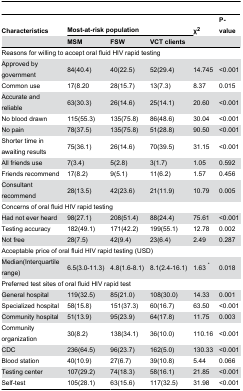
<table><thead><tr><td><b>Characteristics </b></td><td colspan="3"><b>Most-at-risk population</b></td><td><b>χ<sup>2</sup></b></td><td><b>P-value</b></td></tr><tr><td></td><td><b>MSM</b></td><td><b>FSW</b></td><td><b>VCT clients</b></td><td></td><td></td></tr></thead><tbody><tr><td colspan="6">Reasons for willing to accept oral fluid HIV rapid testing</td></tr><tr><td>Approved by government</td><td>84(40.4)</td><td>40(22.5)</td><td>52(29.4)</td><td>14.745</td><td>&lt;0.001</td></tr><tr><td>Common use</td><td>17(8.20</td><td>28(15.7)</td><td>13(7.3)</td><td>8.37</td><td>0.015</td></tr><tr><td>Accurate and reliable</td><td>63(30.3)</td><td>26(14.6)</td><td>25(14.1)</td><td>20.60</td><td>&lt;0.001</td></tr><tr><td>No blood drawn</td><td>115(55.3)</td><td>135(75.8)</td><td>86(48.6)</td><td>30.04</td><td>&lt;0.001</td></tr><tr><td>No pain</td><td>78(37.5)</td><td>135(75.8)</td><td>51(28.8)</td><td>90.50</td><td>&lt;0.001</td></tr><tr><td>Shorter time in awaiting results</td><td>75(36.1)</td><td>26(14.6)</td><td>70(39.5)</td><td>31.15</td><td>&lt;0.001</td></tr><tr><td>All friends use </td><td>7(3.4)</td><td>5(2.8)</td><td>3(1.7)</td><td>1.05</td><td>0.592</td></tr><tr><td>Friends recommend</td><td>17(8.2)</td><td>9(5.1)</td><td>11(6.2)</td><td>1.57</td><td>0.456</td></tr><tr><td>Consultant recommend</td><td>28(13.5)</td><td>42(23.6)</td><td>21(11.9)</td><td>10.79</td><td>0.005</td></tr><tr><td colspan="6">Concerns of oral fluid HIV rapid testing</td></tr><tr><td>Had not ever heard</td><td>98(27.1)</td><td>208(51.4)</td><td>88(24.4)</td><td>75.61</td><td>&lt;0.001</td></tr><tr><td>Testing accuracy</td><td>182(49.1)</td><td>171(42.2)</td><td>199(55.1)</td><td>12.78</td><td>0.002</td></tr><tr><td>Not free</td><td>28(7.5)</td><td>42(9.4)</td><td>23(6.4)</td><td>2.49</td><td>0.287</td></tr><tr><td colspan="6">Acceptable price of oral fluid HIV rapid testing (USD)</td></tr><tr><td>Median(Interquartile range)</td><td>6.5(3.0-11.3)</td><td>4.8(1.6-8.1)</td><td>8.1(2.4-16.1)</td><td>1.63 <sup>*</sup></td><td>0.018</td></tr><tr><td colspan="6">Preferred test sites of oral fluid HIV rapid test</td></tr><tr><td>General hospital </td><td>119(32.5)</td><td>85(21.0)</td><td>108(30.0)</td><td>14.33</td><td>0.001</td></tr><tr><td>Specialized hospital</td><td>58(15.8)</td><td>151(37.3)</td><td>60(16.7)</td><td>63.50</td><td>&lt;0.001</td></tr><tr><td>Community hospital</td><td>51(13.9)</td><td>95(23.9)</td><td>64(17.8)</td><td>11.75</td><td>0.003</td></tr><tr><td>Community organization</td><td>30(8.2)</td><td>138(34.1)</td><td>36(10.0)</td><td>110.16</td><td>&lt;0.001</td></tr><tr><td>CDC</td><td>236(64.5)</td><td>96(23.7)</td><td>162(5.0)</td><td>130.33</td><td>&lt;0.001</td></tr><tr><td>Blood station</td><td>40(10.9)</td><td>27(6.7)</td><td>39(10.8)</td><td>5.44</td><td>0.066</td></tr><tr><td>Testing center</td><td>107(29.2)</td><td>74(18.3)</td><td>58(16.1)</td><td>21.85</td><td>&lt;0.001</td></tr><tr><td>Self-test</td><td>105(28.1)</td><td>63(15.6)</td><td>117(32.5)</td><td>31.98</td><td>&lt;0.001</td></tr></tbody></table>